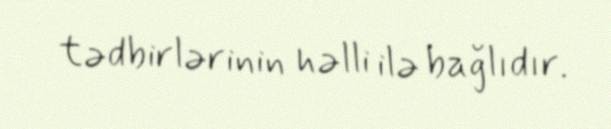
tədbirlərinin həlli ilə bağlıdır.